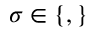
\sigma \in \{ \u , \d \}